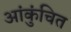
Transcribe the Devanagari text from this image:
आंकुंचित